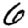
Digit: 6